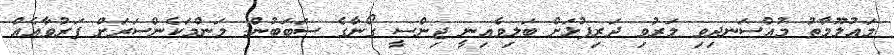
މައުލޫމާތު މުއްސަނދިވި މަރުވި ދަރިފުޅަށް ބަލިވެއިނީ ޖިންސީ ގޯނާގެ ސަބަބުން: މަންމަކެންސަރަށް ފަރުވާއެއް